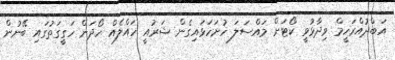
އަބްދުއްރަހީމް ވިދާޅުވީ ކޯޓަށް މައްސަލަ ހުށަހަޅައިގެން ޝަރުއީ ހައްލެއް ހޯދަން ހަގީގަތުގައި ބޭނުން